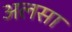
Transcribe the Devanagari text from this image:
अलसा